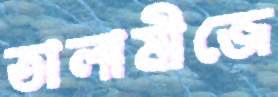
তালামীজে